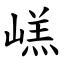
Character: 㟱